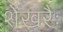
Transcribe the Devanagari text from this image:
शेखरैः